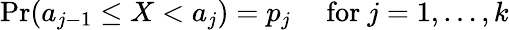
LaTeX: \Pr(a_{j-1}\leq X<a_{j})=p_{j}\quad{\mathrm{~for~}}j=1,\ldots,k